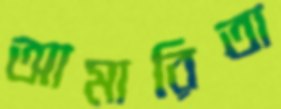
আমারিতা